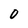
Character: 0